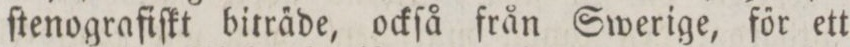
ſtenografiſkt bitra̋de, ockſå från Swerige, főr ett